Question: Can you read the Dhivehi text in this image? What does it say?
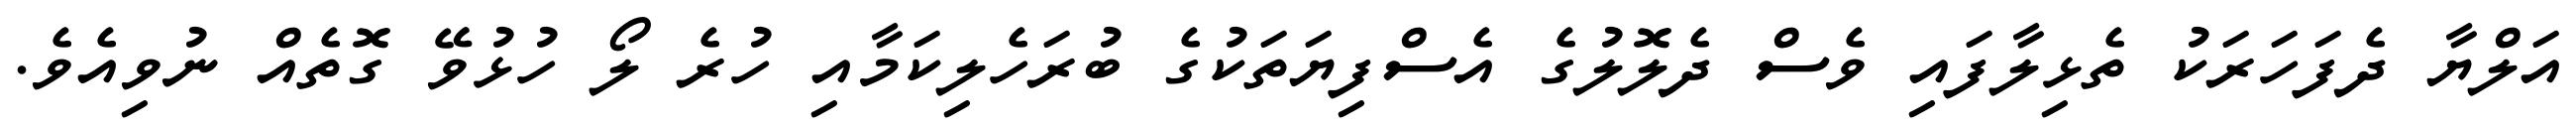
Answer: އަލްޔާ ދެފަހަރަކު ތެޅިލާފައި ވެސް ދެލޮލުގެ އެސްފިޔަތަކުގެ ބުރަހެލިކަމާއި ހުރެ ލޯ ހުޅުވޭ ގޮތެއް ނުވިއެވެ.